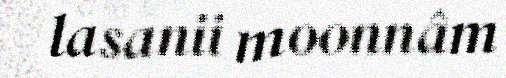
lasanii moonnâm